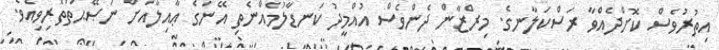
އިތުރުވެސް ކޮށްދެއްވާ ރަސްކަލާނގެ. މިރްޒާން ދެންވެސް އުއްމީދު ކަނޑާލުމެއްނެތި އޭނަގެ ޢާއިލާއަށް ނަޞޭޙަތްތެރިވިއެވެ.